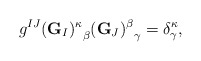
\begin{align*}g^{IJ} {({\bf G}_I)^\kappa}_\beta {({\bf G}_J)^\beta}_\gamma=\delta^\kappa_\gamma,\end{align*}